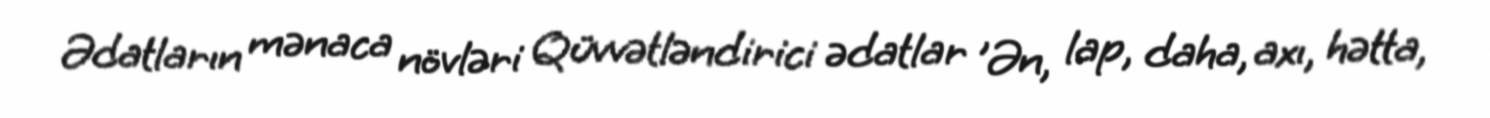
Ədatların mənaca növləri Qüvvətləndirici ədatlar 'Ən, lap, daha, axı, hətta,